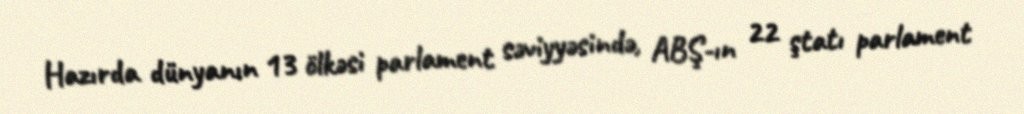
Hazırda dünyanın 13 ölkəsi parlament səviyyəsində, ABŞ-ın 22 ştatı parlament